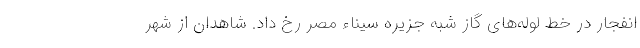
انفجار در خط لوله‌های گاز شبه جزیره سیناء مصر رخ داد. شاهدان از شهر